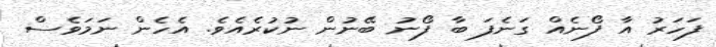
ފަހަރު އާ ފޯނެއް ގަނެފަ ބާ ފޯނު ބޭނުން ނުކުރެއެވެ. އެހެން ނަމަވެސް